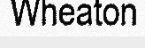
Wheaton